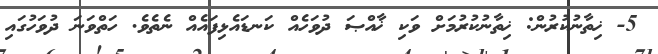
5- ޚިތާނުކުރުން: ޚިތާނުކުރުމަށް ވަކި ޚާއްޞަ ދުވަހެއް ކަނޑައެޅިފައެއް ނެތެވެ. ހަތްވަނަ ދުވަހުގައި